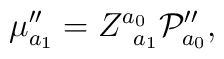
\mu _{a_{1}}^{\prime \prime }=Z_{\;\;a_{1}}^{a_{0}}{\cal P}_{a_{0}}^{\prime\prime },